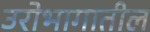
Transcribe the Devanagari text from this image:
उरोभागातील